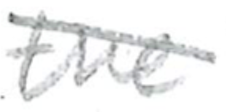
Text: the
Cross-out: diagonal
Writing tool: pencil